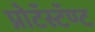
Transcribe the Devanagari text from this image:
प्रोटॅस्टॅण्ट